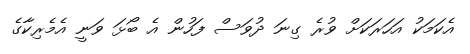
އެކަމަކު އަހަރަކަށް ވުރެ ގިނަ ދުވަސް ފަހުން އެ ބޯޅަ ވަނީ އެމެރިކާގެ